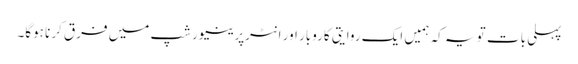
پہلی بات تو یہ کہ ہمیں ایک روایتی کاروبار اور انٹرپرینیورشپ میں فرق کرنا ہوگا۔